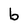
Character: b